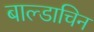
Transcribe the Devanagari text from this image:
बाल्डाचिन